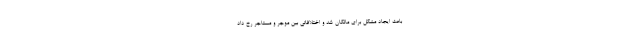
باعث ایجاد مشکل برای مالکان شد و اختلافاتی بین موجر و مستاجر رخ داد